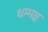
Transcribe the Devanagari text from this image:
धम्मञ्च